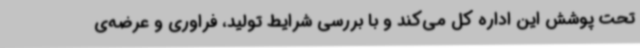
تحت پوشش این اداره کل می‌کند و با بررسی شرایط تولید، فراوری و عرضه‌ی